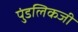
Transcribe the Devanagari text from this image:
पुंडलिकजी